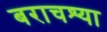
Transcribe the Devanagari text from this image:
बराचश्या